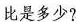
比是多少?